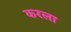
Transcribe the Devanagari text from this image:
करला